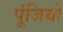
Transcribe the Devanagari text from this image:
पूंजियों